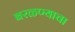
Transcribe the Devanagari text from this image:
बरळण्याचा